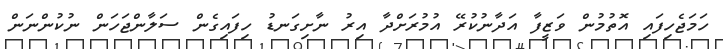
ހަމަޖެހިފައި އޮތުމުން ވަޒީފާ އަދާނުކުރޭ އުމުރަށްދާ އިރު ނާށިގަނޑު ހިފައިގެން ސަލާންޖަހަން ނުކުންނަން